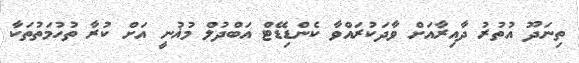
ތިނަދޫ އުތުރު ދާއިރާއަށް ވާދަކުރައްވާ ކެންޑިޑޭޓް އަބްދުލް މުޣުނީ އަށް ކުރާ ތުހުމަތުތަކާ